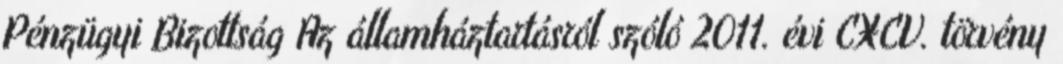
Pénzügyi Bizottság Az államháztartásról szóló 2011. évi CXCV. törvény